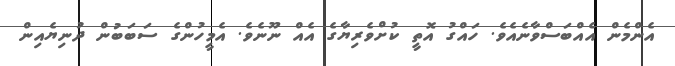
އެންމެން އެއްބަސްވާނެއެވެ. ހައްގު އޮތީ ކުށްވެރިޔާގެ އެއް ނޫނެވެ. އެމީހުންގެ ސަބަބުން ދުނިޔެއިން